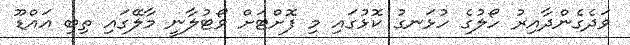
ވަދެގެންދާއިރު ހޯލުގެ ހުޅަނގު ކޮޅުގައި މި ފޮށްޓަށް ވޯޓުލާނީ މާލޭގައި ތިބި އައްޑޫ